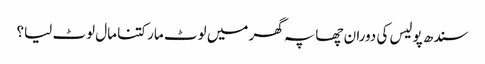
سندھ پولیس کی دوران چھاپہ گھر میں لوٹ مار کتنا مال لوٹ لیا؟